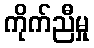
ကိုက်ညီမှု